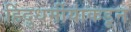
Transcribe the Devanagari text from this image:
हिंदुधर्मीयांकडून